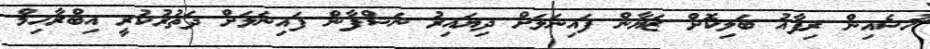
ހުސެއިން ރިފާއު ބަލިކޮށް ޒަޔާން ފައިނަލަށް ދިޔައިރު ނަޝްފާން ފައިނަލަށް ދަތުރުކުރީ އިބްރާހިމް